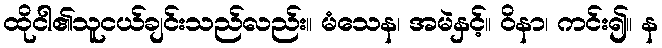
ထိုငါ၏သူငယ်ချင်းသည်လည်း။ မံသေန၊ အမဲနှင့်။ ဝိနာ၊ ကင်း၍။ န